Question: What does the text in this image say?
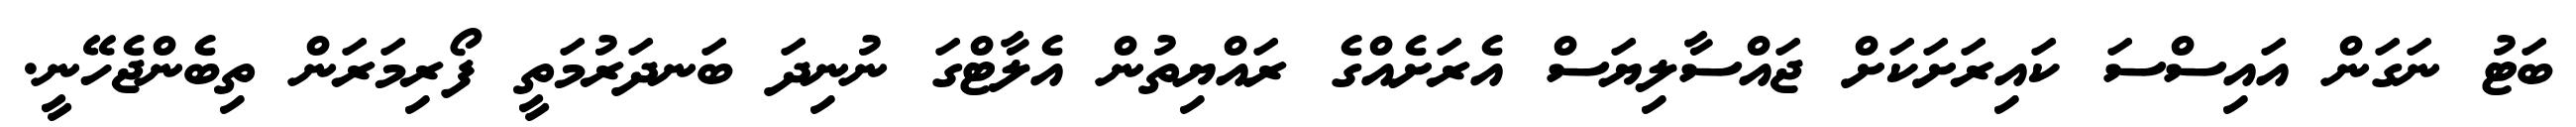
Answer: ބަޓު ނަގަން އައިސްސަ ކައިރަށަކަށް ޖައްސާލިޔަސް އެރަށެއްގެ ރައްޔިތުން އެލާޓްގަ ނުނިދަ ބަނދަރުމަތީ ފޯރިމަރަން ތިބެންޖެހޭނީ.